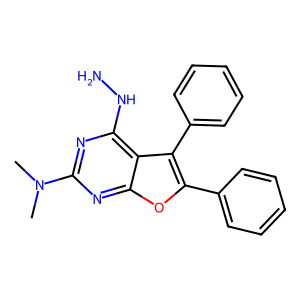
SMILES: CN(C)c1nc(NN)c2c(-c3ccccc3)c(-c3ccccc3)oc2n1
Inhibits HIV replication: No